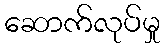
ဆောက်လုပ်မှု